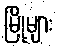
မြို့များ